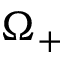
\Omega _ { + }